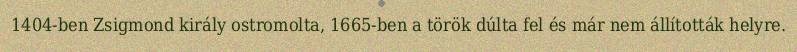
1404-ben Zsigmond király ostromolta, 1665-ben a török dúlta fel és már nem állították helyre.